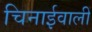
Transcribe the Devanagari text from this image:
चिनाईवालीं